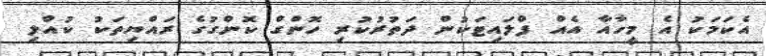
އެކަމަކު އެ މީހާއާ އެއް ފްލައިޓަކުން ދަތުރުކުރި ހޮންގް ކޮންގުގެ ރައްޔިތަކު ކުއްލި